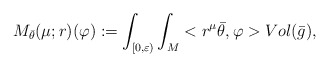
\begin{align*} M_{\bar{\theta}}(\mu;r)(\varphi):=\int_{[0,\varepsilon)}\int_M <r^\mu\bar{\theta},\varphi>Vol(\bar{g}), \end{align*}